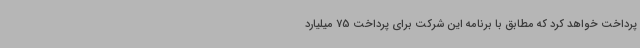
پرداخت خواهد کرد که مطابق با برنامه این شرکت برای پرداخت 75 میلیارد